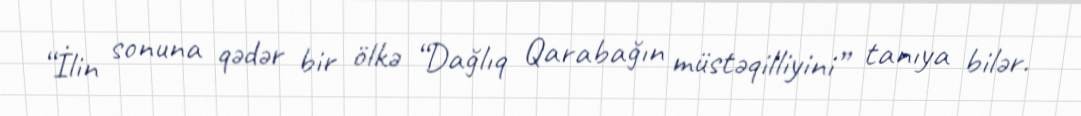
“İlin sonuna qədər bir ölkə “Dağlıq Qarabağın müstəqilliyini” tanıya bilər.